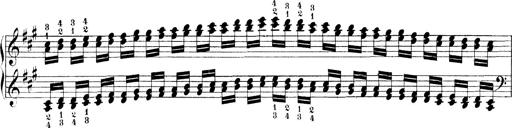
Title: Technische Studien
Composer: Franz Liszt